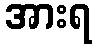
အားရ